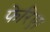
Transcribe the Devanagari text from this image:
फेरिए।